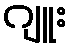
ဂျူး